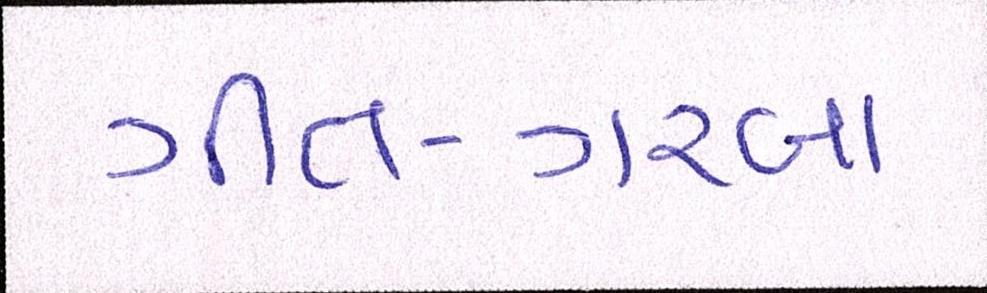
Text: ગીત-ગરબા